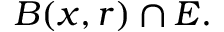
B ( x , r ) \cap E .